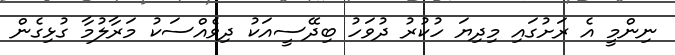
ނިންމީ އެ ރަށުގައި މިދިޔަ ހުކުރު ދުވަހު ބިދޭސީއަކު ދިވެއްސަކު މަރާލުމާ ގުޅިގެން